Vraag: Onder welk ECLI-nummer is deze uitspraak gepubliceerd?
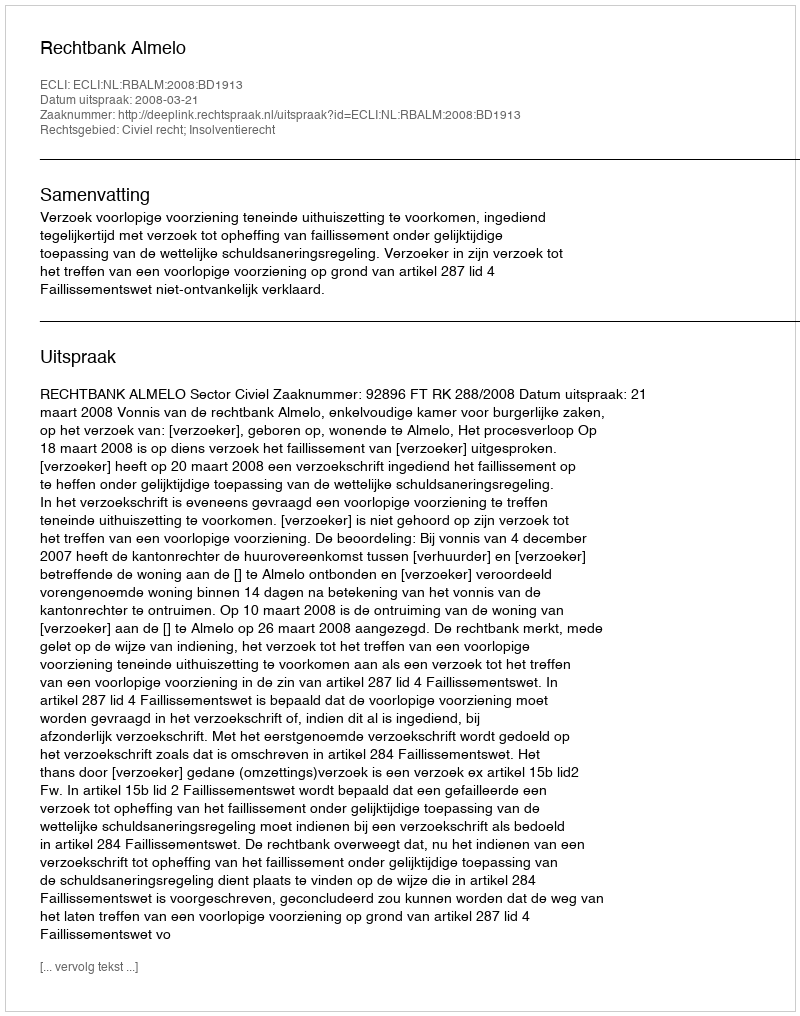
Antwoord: ECLI:NL:RBALM:2008:BD1913